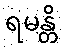
ရမန္တိ